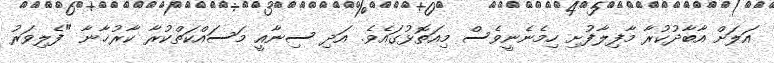
އަލަށް އާބާދުކުރާ މާފިލާފުށި ހިމެނެނީވެސް މިއަތޮޅުގައެވެ. އަދި ސިނާއީ މަސައްކަތްކުރާ ކާރުޚާނާ "ފެލިވަރު